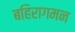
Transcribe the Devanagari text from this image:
बहिरागमन